Vaccination in Bombay 1856-1862 - 1856-1862
Year: 1856
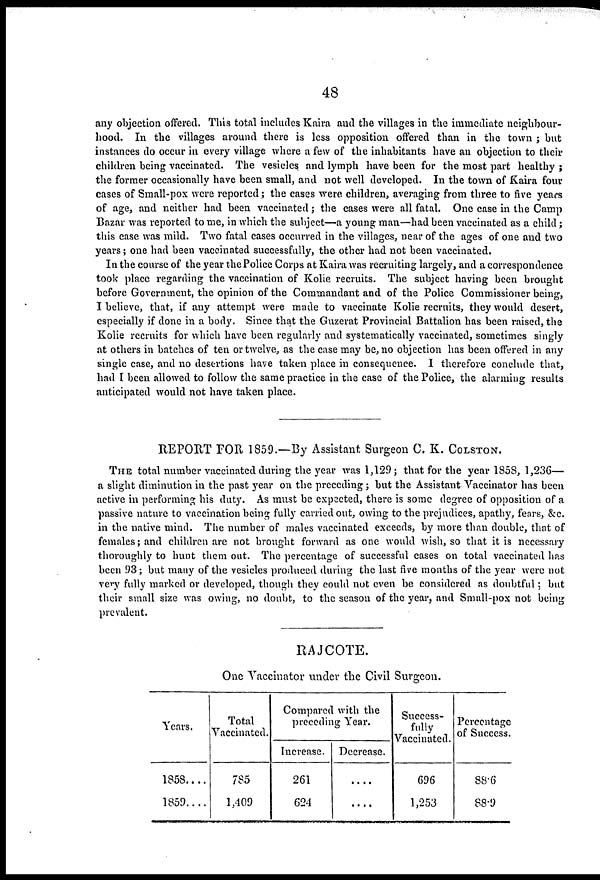
48
any objection offered. This total includes Kaira and the villages in the immediate neighbour-
hood. In the villages around there is less opposition offered than in the town ; but
instances do occur in every village where a few of the inhabitants have an objection to their
children being vaccinated. The vesicles and lymph have been for the most part healthy ;
the former occasionally have been small, and not well developed. In the town of Kaira four
cases of Small-pox were reported; the cases were children, averaging from three to five years
of age, and neither had been vaccinated; the cases were all fatal. One case in the Camp
Bazar was reported to me, in which the subject—a young man—had been vaccinated as a child;
this case was mild. Two fatal cases occurred in the villages, near of the ages of one and two
years; one had been vaccinated successfully, the other had not been vaccinated.
In the course of the year the Police Corps at Kaira was recruiting largely, and a correspondence
took place regarding the vaccination of Kolie recruits. The subject having been brought
before Government, the opinion of the Commandant and of the Police Commissioner being,
I believe, that, if any attempt were made to vaccinate Kolie recruits, they would desert,
especially if done in a body. Since that the Guzerat Provincial Battalion has been raised, the
Kolie recruits for which have been regularly and systematically vaccinated, sometimes singly
at others in batches of ten or twelve, as the case may be, no objection has been offered in any
single case, and no desertions have taken place in consequence. I therefore conclude that,
had I been allowed to follow the same practice in the case of the Police, the alarming results
anticipated would not have taken place.
REPORT FOR 1859.—By Assistant, Surgeon C. K. COLSTON.
THE total number vaccinated during the year was 1,129; that for the year 185S, 1,236—
a slight diminution in the past year on the preceding ; but the Assistant Vaccinator has been
active in performing his duty. As must be expected, there is some degree of opposition of a
passive nature to vaccination being fully carried out, owing to the prejudices, apathy, fears, &c.
in the native mind. The number of males vaccinated exceeds, by more than double, that of
females; and children are not brought forward as one would wish, so that it is necessary
thoroughly to hunt them out. The percentage of successful cases on total vaccinated has
been 93; but many of the vesicles produced during the last five months of the year were not
very fully marked or developed, though they could not even be considered as doubtful; but
their small size was owing, no doubt, to the season of the year, and Small-pox not being
prevalent.
RAJCOTE.
One Vaccinator under the Civil Surgeon.
Years.
1358....
1859....
Total
Vaccinated.
785
1,409
Compared with the
preceding Year.
Increase.
261
624
Decrease.
....
....
Success-
fully
Vaccinated.
696
1,253
Percentage
of Success.
88.6
88.9